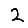
Digit: 2